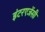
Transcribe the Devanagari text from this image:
इंटरएजेंसी